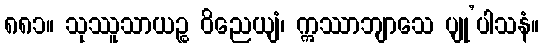
၈၈၁။ သုဿူသာယဉ္စ ဝိညေယျံ၊ ဣဿာဘျာသေ ပျု’ပါသနံ။